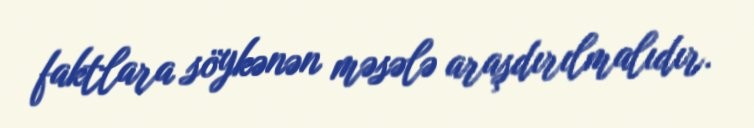
faktlara söykənən məsələ araşdırılmalıdır.